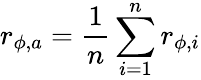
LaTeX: {r_{\phi,a}}=\frac{1}{n}\sum_{i=1}^{n}{{r_{\phi,i}}}